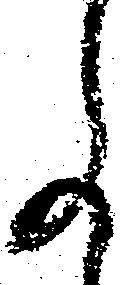
事